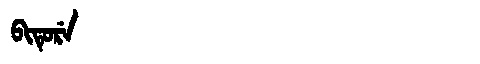
Manchu: ᠪᡳᡨᡠᡵᡝ
Romanization: BITURE